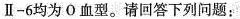
Ⅱ-6均为 О 血型。请回答下列问题：